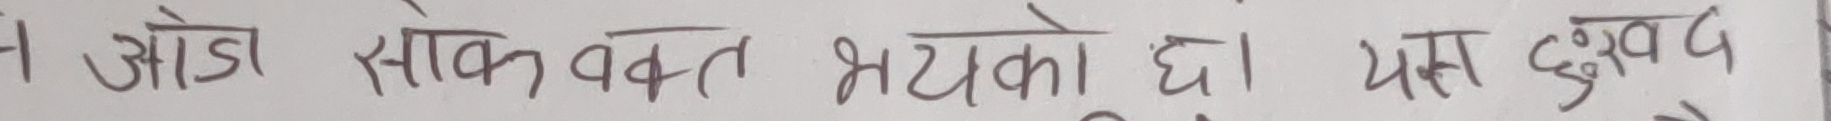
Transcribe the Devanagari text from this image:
अझै सोक वक्त भएको छ। यस दुःखद